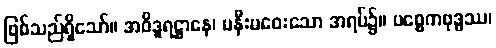
ဖြစ်သည်ရှိသော်။ အဝိဒူရဋ္ဌာနေ၊ မနီးမဝေးသော အရပ်၌။ ပစ္စေကဗုဒ္ဓဿ၊